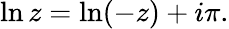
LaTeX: \ln z=\ln(-z)+i\pi.